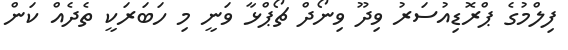
ފިލްމުގެ ޕްރޮޑިއުސަރު ވިދޫ ވިނޯދް ޗޯޕްޅާ ވަނީ މި ހަބަރަކީ ތެދެއް ކަން